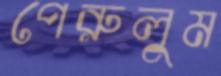
পেরুলুম